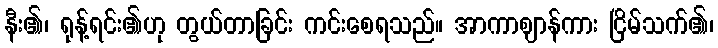
နီး၏၊ ရုန့်ရင်း၏ဟု တွယ်တာခြင်း ကင်းစေရသည်။ အာကာဈာန်ကား ငြိမ်သက်၏၊